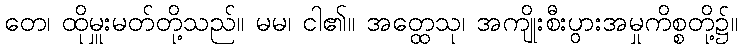
တေ၊ ထိုမှူးမတ်တို့သည်။ မမ၊ ငါ၏။ အတ္ထေသု၊ အကျိုးစီးပွားအမှုကိစ္စတို့၌။